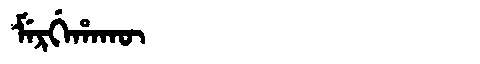
Manchu: ᠮᡝᡵᡤᡝᡥᠠᡴᡡ
Romanization: MERGEHAKŪ